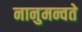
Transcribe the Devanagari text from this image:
नानुमन्वते